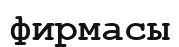
фирмасы